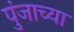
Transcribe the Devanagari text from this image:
पुंजाच्या